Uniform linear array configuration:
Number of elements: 8
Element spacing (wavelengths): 0.75
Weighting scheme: binomial
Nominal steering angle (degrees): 0
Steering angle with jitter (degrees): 0.5274
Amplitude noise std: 0.05
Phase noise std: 0.05

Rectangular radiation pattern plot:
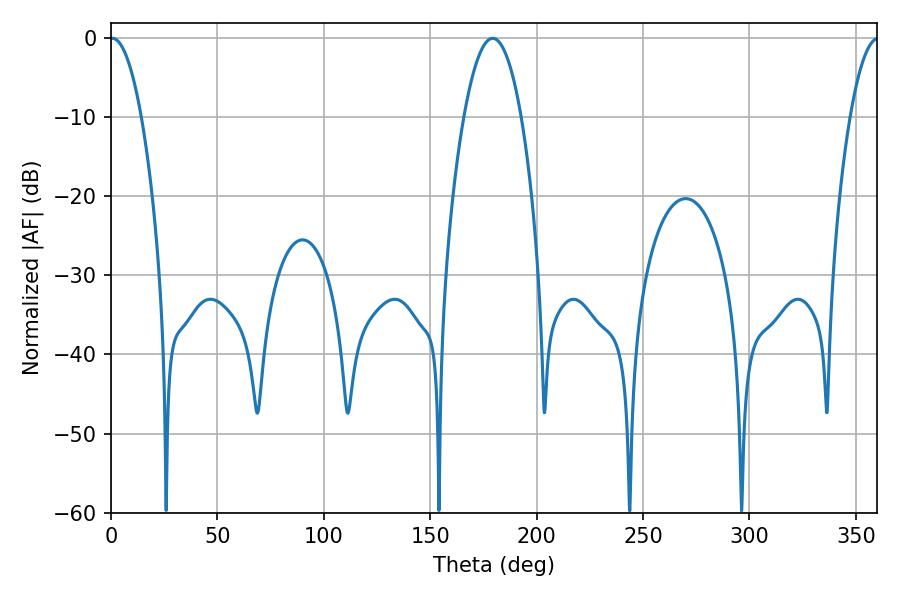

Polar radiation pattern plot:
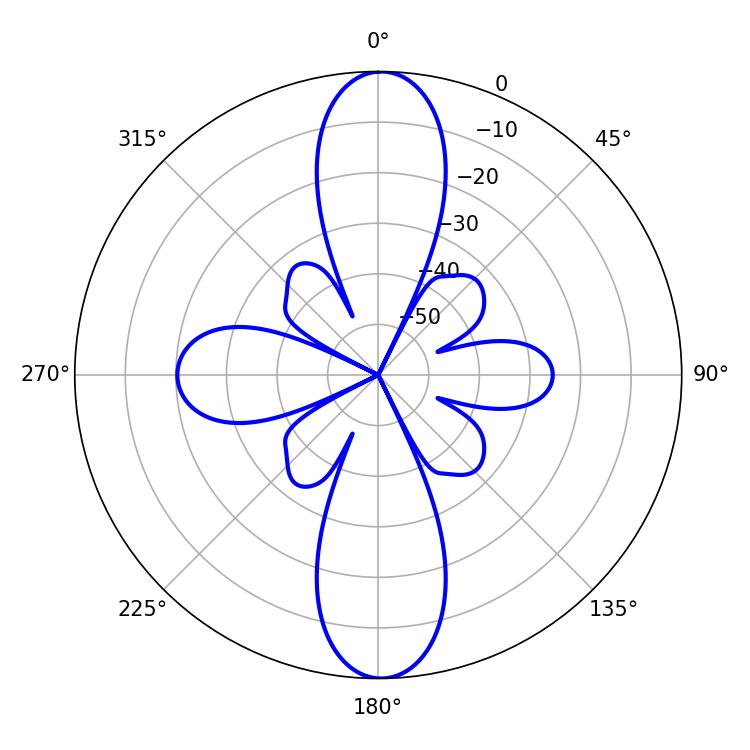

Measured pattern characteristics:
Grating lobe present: TRUE
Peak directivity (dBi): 26.762
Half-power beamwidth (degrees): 14.94
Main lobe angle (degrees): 179.28